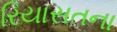
રિયાસતના